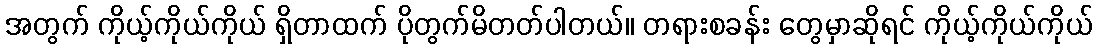
အတွက် ကိုယ့်ကိုယ်ကိုယ် ရှိတာထက် ပိုတွက်မိတတ်ပါတယ်။ တရားစခန်း တွေမှာဆိုရင် ကိုယ့်ကိုယ်ကိုယ်